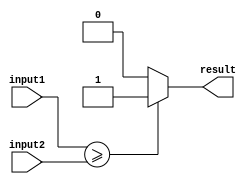
module greater_than_or_equal_comparator (
    input signed [31:0] input1,
    input signed [31:0] input2,
    output reg result
);

always @(*) begin
    if (input1 >= input2) begin
        result = 1;
    end else begin
        result = 0;
    end
end

endmodule